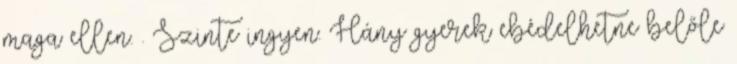
maga ellen. . Szinte ingyen. Hány gyerek ebédelhetne belőle